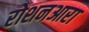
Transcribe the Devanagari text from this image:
रोशनआरा